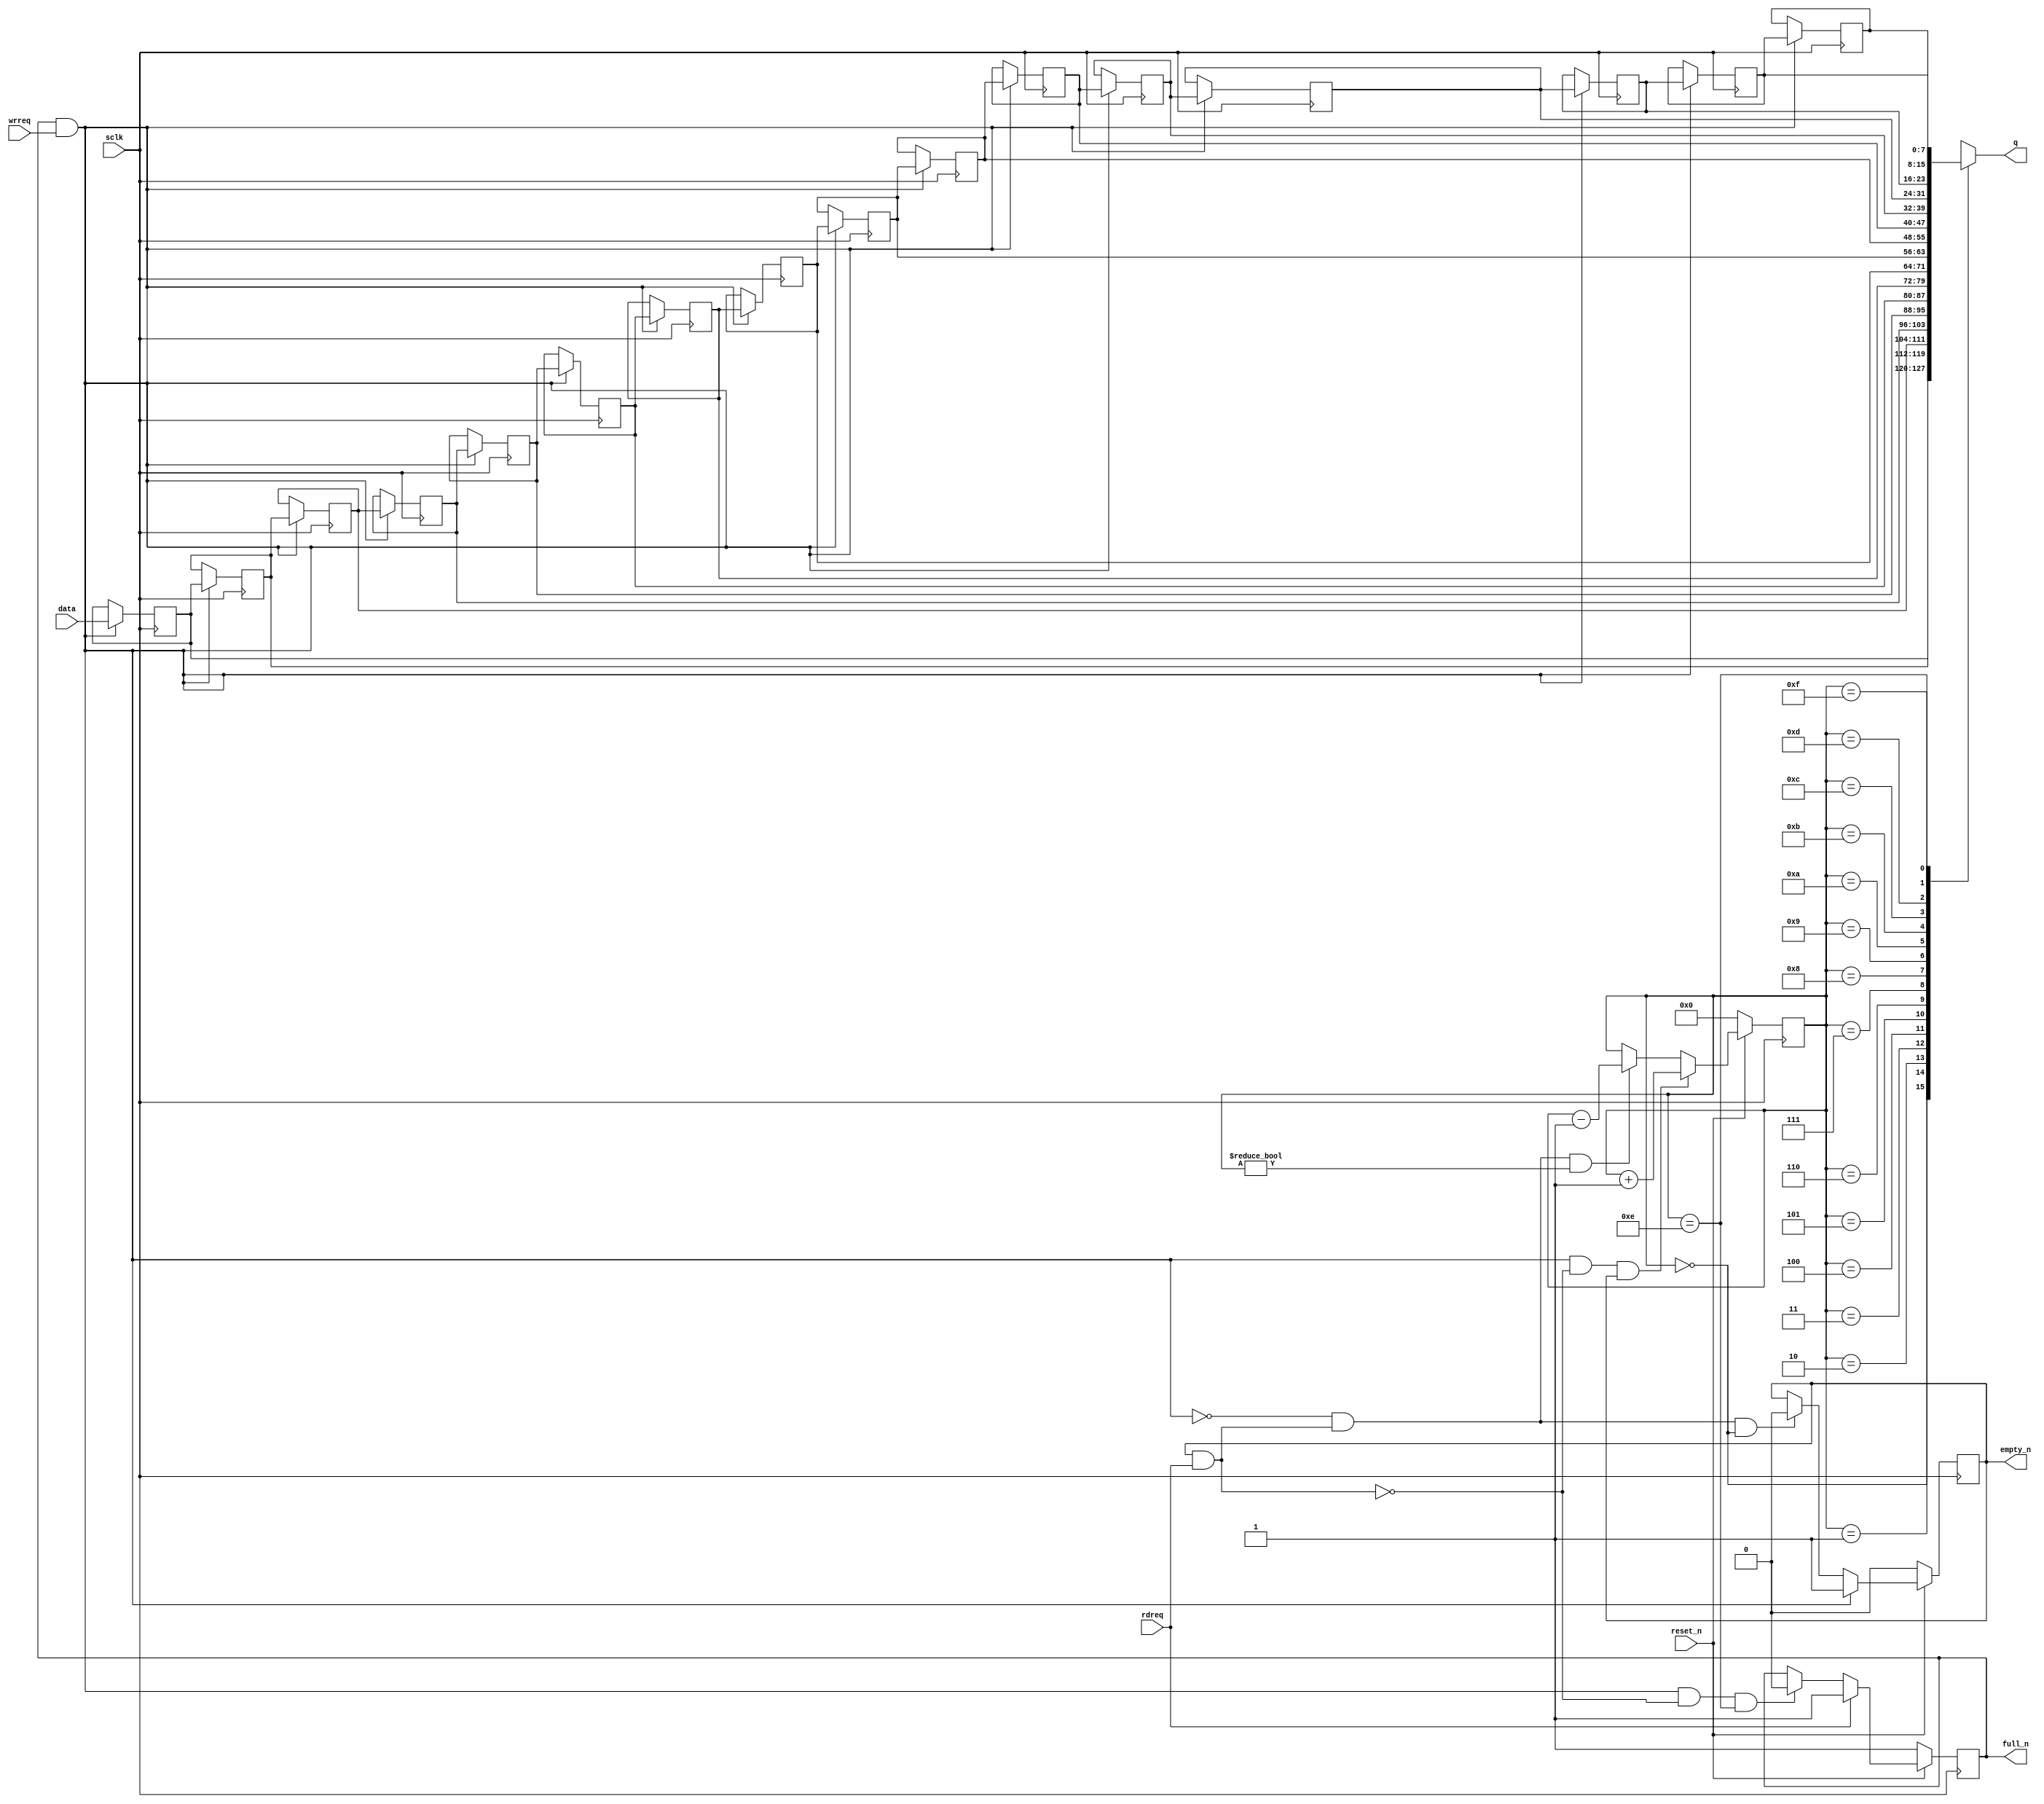
module nfa_accept_samples_generic_hw_indices_stride_fifo
#(parameter
    DATA_BITS  = 8,
    DEPTH      = 16,
    DEPTH_BITS = 4
)(
    input  wire                 sclk,
    input  wire                 reset_n,
    output reg                  empty_n,
    output reg                  full_n,
    input  wire                 rdreq,
    input  wire                 wrreq,
    output wire [DATA_BITS-1:0] q,
    input  wire [DATA_BITS-1:0] data
);
wire                  push;
wire                  pop;
reg  [DEPTH_BITS-1:0] pout;
reg  [DATA_BITS-1:0]  mem[0:DEPTH-1];
assign push = full_n & wrreq;
assign pop  = empty_n & rdreq;
assign q    = mem[pout];
always @(posedge sclk) begin
    if (~reset_n)
        empty_n <= 1'b0;
    else if (push)
        empty_n <= 1'b1;
    else if (~push && pop && pout == 1'b0)
        empty_n <= 1'b0;
end
always @(posedge sclk) begin
    if (~reset_n)
        full_n <= 1'b1;
    else if (rdreq)
        full_n <= 1'b1;
    else if (push && ~pop && pout == DEPTH - 2)
        full_n <= 1'b0;
end
always @(posedge sclk) begin
    if (~reset_n)
        pout <= 1'b0;
    else if (push & ~pop & empty_n)
        pout <= pout + 1'b1;
    else if (~push && pop && pout != 1'b0)
        pout <= pout - 1'b1;
end
integer i;
always @(posedge sclk) begin
    if (push) begin
        for (i = 0; i < DEPTH - 1; i = i + 1) begin
            mem[i+1] <= mem[i];
        end
        mem[0] <= data;
    end
end
endmodule